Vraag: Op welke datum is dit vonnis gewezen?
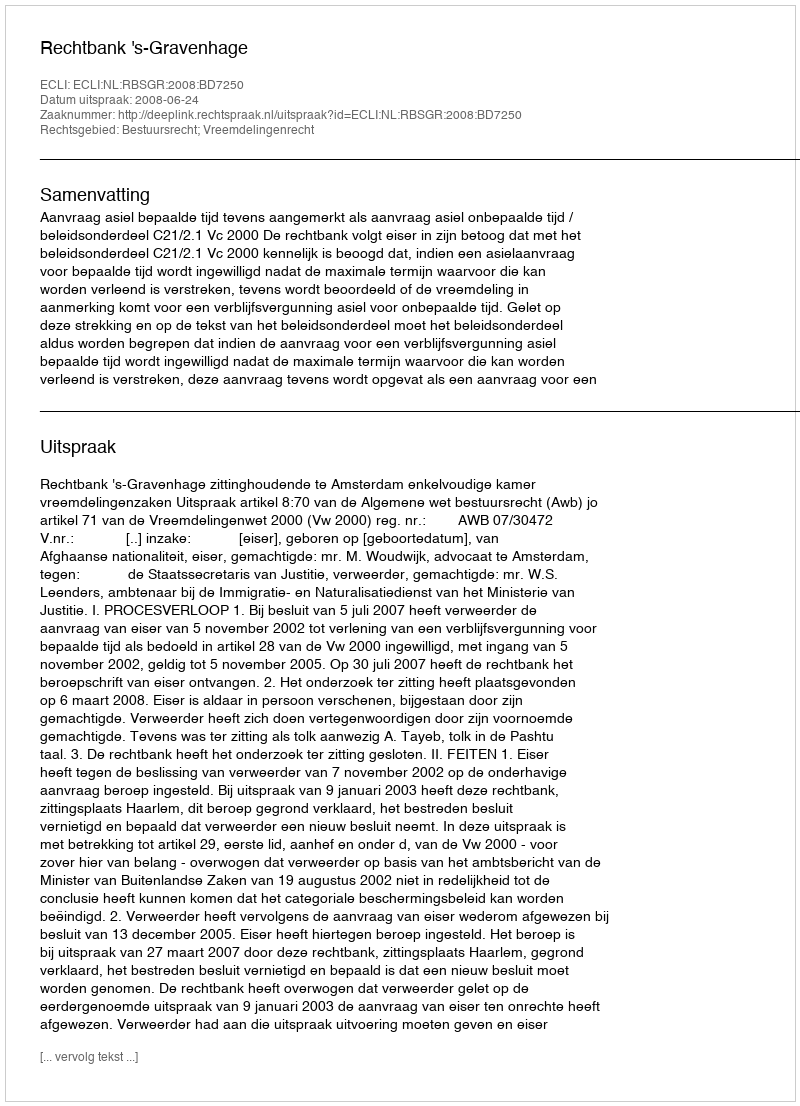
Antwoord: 2008-06-24